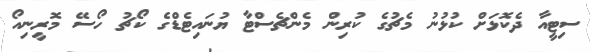
ސިޓީއާ ދެކޮޅަށް ކުޅުނު މެޗުގެ ކުރިން މެންޗެސްޓާ ޔުނައިޓެޑްގެ ކޯޗު ހޯސޭ މޮރީނިއޯ